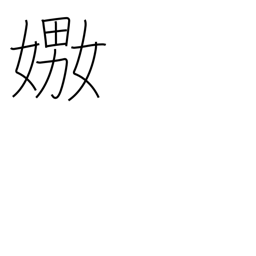
Meaning: play with